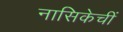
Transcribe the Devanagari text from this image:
नासिकेचीं